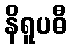
နိရူပဓီ